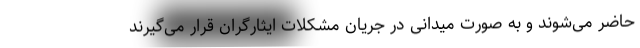
حاضر می‌شوند و به صورت میدانی در جریان مشکلات ایثارگران قرار می‌گیرند